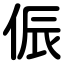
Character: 侲